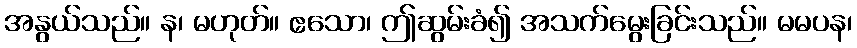
အနွယ်သည်။ န၊ မဟုတ်။ ဧသော၊ ဤဆွမ်းခံ၍ အသက်မွေးခြင်းသည်။ မမပန၊